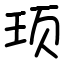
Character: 顼